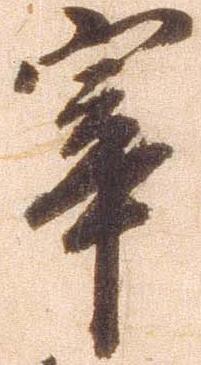
宰